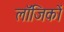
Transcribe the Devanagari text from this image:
लॉजिकों